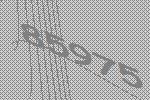
85975